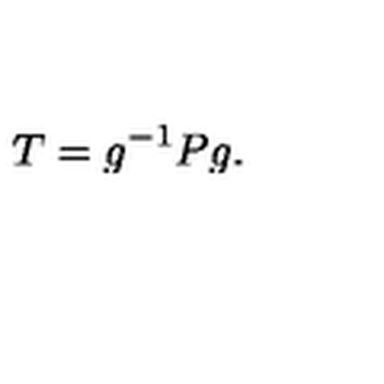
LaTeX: T = g ^ { - 1 } P g .